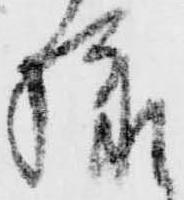
様